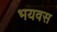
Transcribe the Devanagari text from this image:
भयवस